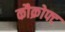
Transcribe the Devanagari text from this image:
कौक्रोफ्ट